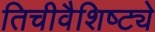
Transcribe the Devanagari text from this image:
तिचीवैशिष्ट्ये